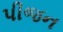
પીજન